Language: tamil
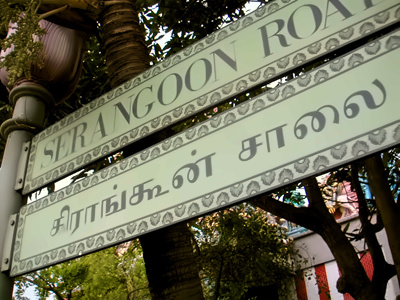
Transcription: சாலை கிராங்கூன்